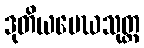
ဒုတိယမေဃသုတ္တ